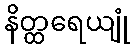
နိတ္ထရေယျုံ